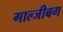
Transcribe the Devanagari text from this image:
गाल्जीबग